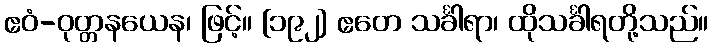
ဧဝံ-ဝုတ္တနယေန၊ ဖြင့်။ [၁၉၂] ဧတေ သင်္ခါရာ၊ ထိုသင်္ခါရတို့သည်။